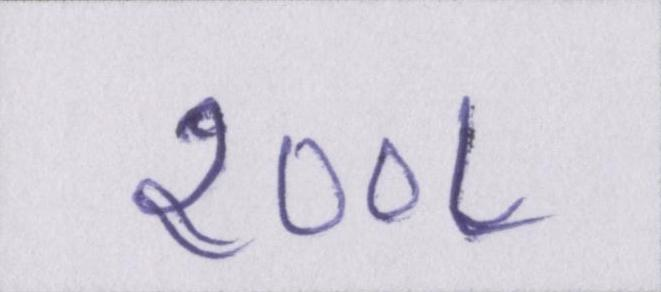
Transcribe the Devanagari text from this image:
२००८